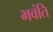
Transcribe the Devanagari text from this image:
भवंति